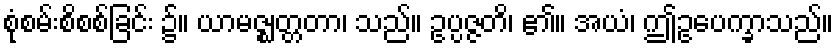
စုံစမ်းစိစစ်ခြင်း ၌။ ယာမဇ္ဈတ္တတာ၊ သည်။ ဥပ္ပဇ္ဇတိ၊ ၏။ အယံ၊ ဤဥပေက္ခာသည်။